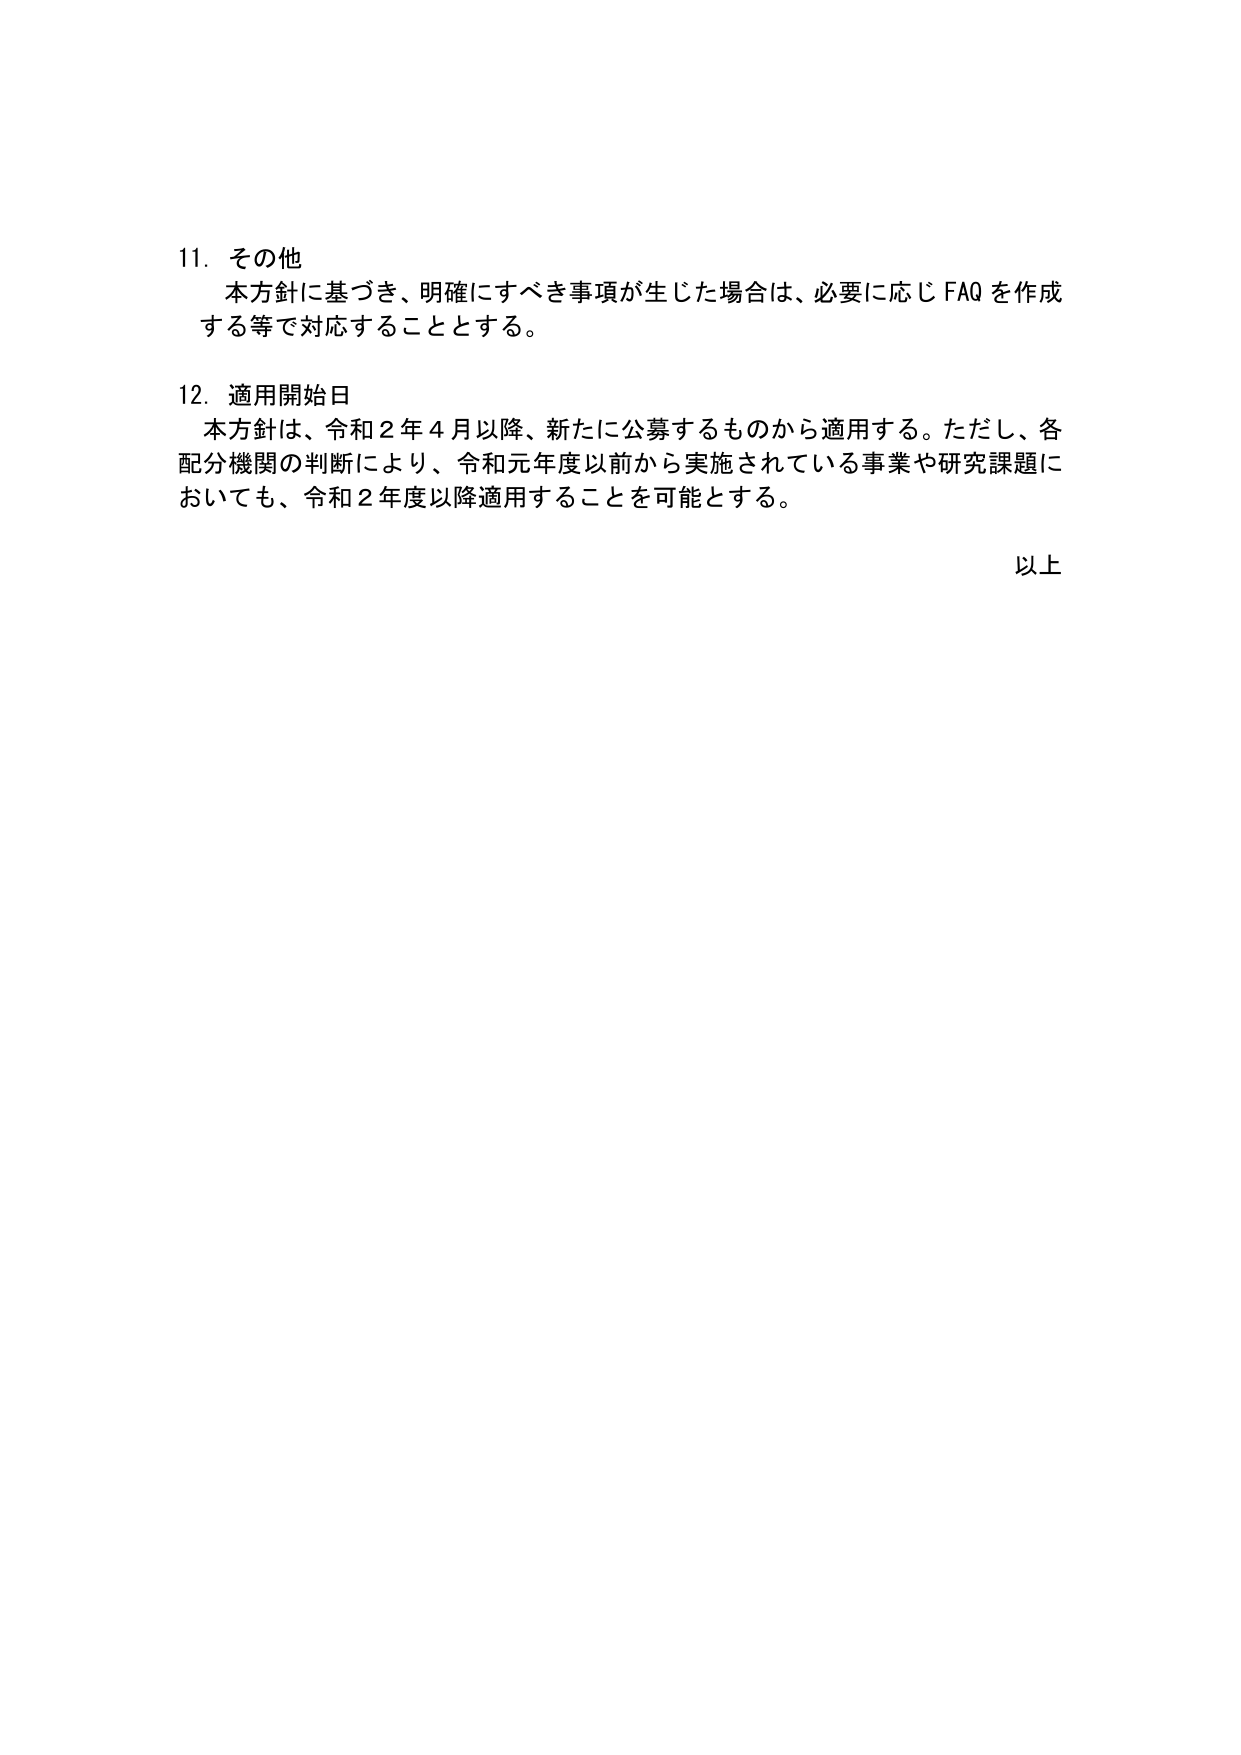
11. その他
本方針に基づき、明確にすべき事項が生じた場合は、必要に応じ FAQ を作成する等で対応することとする。

12. 適用開始日
本方針は、令和２年４月以降、新たに公募するものから適用する。ただし、各配分機関の判断により、令和元年度以前から実施されている事業や研究課題においても、令和２年度以降適用することを可能とする。

以上